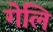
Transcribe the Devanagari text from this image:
गेलि